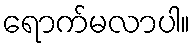
ရောက်မလာပါ။